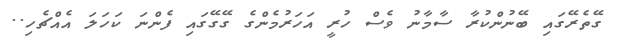
ގޭތެރޭގައި ބޭނުންކުރާ ސާމާނު ވެސް ހުރީ އަހަރުމެންގެ ގޭގޭގައި ފެންނަ ކަހަލަ އެއްޗެހި..